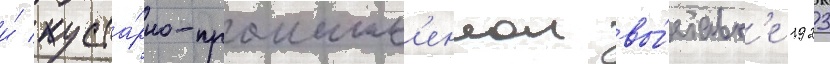
и́ куста́рно-промышл'еннои вы́ставк'е 1923